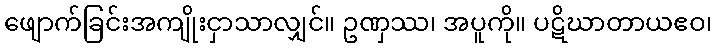
ဖျောက်ခြင်းအကျိုးငှာသာလျှင်။ ဥဏှဿ၊ အပူကို။ ပဋိဃာတာယဧဝ၊